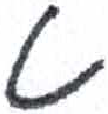
אות: ט